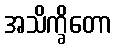
အသိက္ခိတော